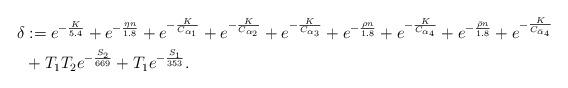
\begin{align*}\delta&:=e^{-\frac{K}{5.4}}+e^{-\frac{\eta n}{1.8}}+e^{-\frac{K}{C_{\alpha_1}}}+e^{-\frac{K}{C_{\alpha_2}}}+e^{-\frac{K}{C_{\alpha_3}}}+e^{-\frac{\rho n}{1.8}}+e^{-\frac{K}{C_{\alpha_4}}}+e^{-\frac{\bar\rho n}{1.8}}+e^{-\frac{K}{C_{\bar\alpha_4}}}\\&+T_1T_2e^{-\frac{S_2}{669}}+T_1e^{-\frac{S_1}{353}}.\end{align*}